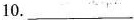
10.___